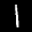
Label: 1